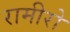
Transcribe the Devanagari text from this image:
रामीरो